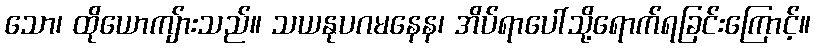
သော၊ ထိုယောကျ်ားသည်။ သယနုပဂမနေန၊ အိပ်ရာပေါ်သို့ရောက်ရခြင်းကြောင့်။